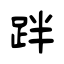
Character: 跘